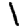
Digit: 1